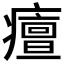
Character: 𤺺